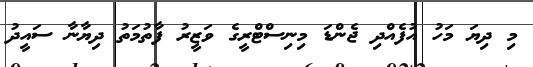
މި ދިޔަ މަހު އުފެއްދި ޖެންޑަ މިނިސްޓްރީގެ ވަޒީރު ފާތުމަތު ދިޔާނާ ސައީދު